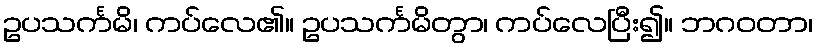
ဥပသင်္ကမိ၊ ကပ်လေ၏။ ဥပသင်္ကမိတွာ၊ ကပ်လေပြီး၍။ ဘဂဝတာ၊